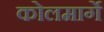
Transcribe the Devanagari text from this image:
कोलमार्गे